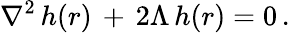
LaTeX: \nabla^{2}\, h(r)\, +\, 2\Lambda\, h(r)=0\, .